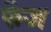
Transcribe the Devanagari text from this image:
फेंज